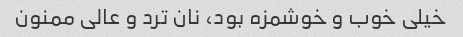
خیلی خوب و خوشمزه بود، نان ترد و عالی ممنون